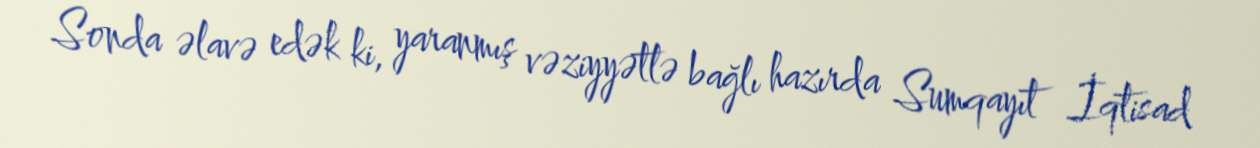
Sonda əlavə edək ki, yaranmış vəziyyətlə bağlı hazırda Sumqayıt İqtisad